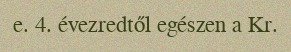
e. 4. évezredtől egészen a Kr.